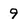
Character: 9